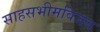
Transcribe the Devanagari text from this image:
साहसभीमविजय